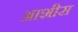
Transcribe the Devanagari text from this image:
आशीस